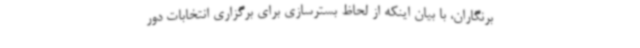
برنگاران، با بیان اینکه از لحاظ بسترسازی برای برگزاری انتخابات دور